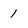
Character: 1